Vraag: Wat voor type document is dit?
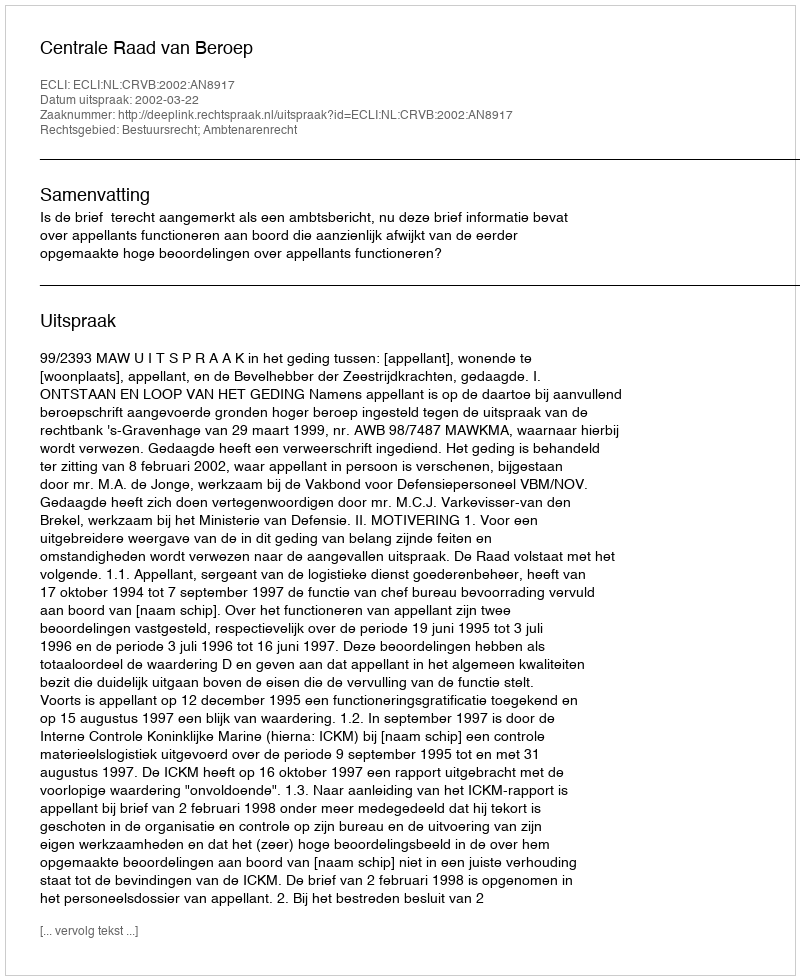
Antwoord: Uitspraak